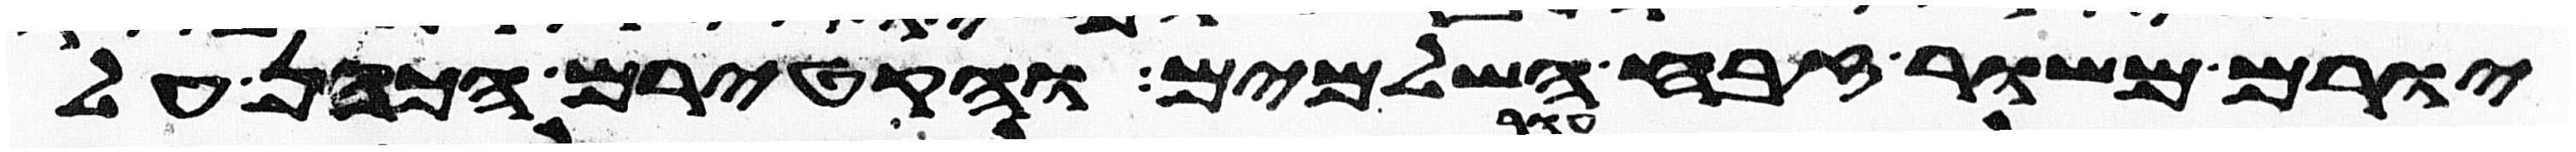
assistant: יורם משור זבח השלמים והקטירם הכהן על